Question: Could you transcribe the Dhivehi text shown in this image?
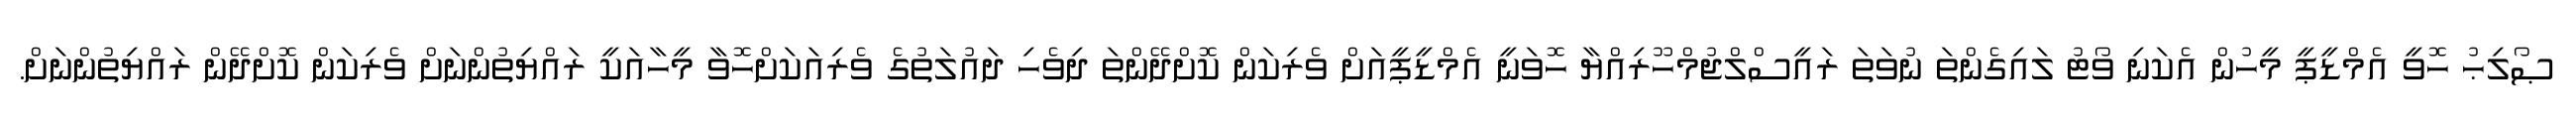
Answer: ޞޯލިޙު ހޮވީ އެމްޑީޕީ މީހުން އެކަނި ވޯޓު ލައިގެންތަ ނުވަތަ ރައީސްލްޖުމްހޫރިއްޔާ ހޮވަނީ އެމްޑީޕީއަށް ވެރިކަން ކޮށްދޭންތަ ދިވެހި ދައުލަތުގެ ވެރިއަކަށްހޮވާ މީހާއަކީ ރައްޔިތުންނަށް ވެރިކަން ކޮށްދޭން ރައްޔިތުންނަށް.